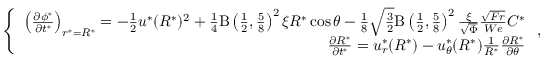
\left\{ \begin{array} { r } { \left( \frac { \partial \phi ^ { * } } { \partial t ^ { * } } \right) _ { r ^ { * } = R ^ { * } } = - \frac { 1 } { 2 } u ^ { * } ( R ^ { * } ) ^ { 2 } + \frac { 1 } { 4 } \mathrm { B } \left( \frac { 1 } { 2 } , \frac { 5 } { 8 } \right) ^ { 2 } \xi R ^ { * } \cos \theta - \frac { 1 } { 8 } \sqrt { \frac { 3 } { 2 } } \mathrm { B } \left( \frac { 1 } { 2 } , \frac { 5 } { 8 } \right) ^ { 2 } \frac { \xi } { \sqrt { \Phi } } \frac { \sqrt { F r } } { W e } C ^ { * } } \\ { \frac { \partial R ^ { * } } { \partial t ^ { * } } = u _ { r } ^ { * } ( R ^ { * } ) - u _ { \theta } ^ { * } ( R ^ { * } ) \frac { 1 } { R ^ { * } } \frac { \partial R ^ { * } } { \partial \theta } } \end{array} \right. ,